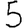
Digit: 5